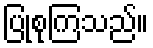
ပြုစုကြသည်။